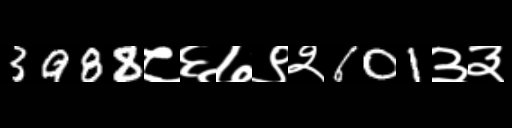
Text: 3988८६७९२601३३